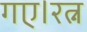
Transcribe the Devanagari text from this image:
गए।रत्न